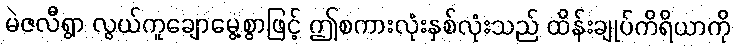
မဲဇလီရွာ လွယ်ကူချောမွေ့စွာဖြင့် ဤစကားလုံးနှစ်လုံးသည် ထိန်းချုပ်ကိရိယာကို